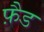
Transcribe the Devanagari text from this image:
फ़ैड